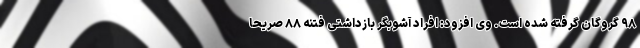
۹۸ گروگان گرفته شده است. وی افزود: افراد آشوبگر بازداشتی فتنه ۸۸ صریحا